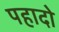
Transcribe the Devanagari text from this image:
पहादो